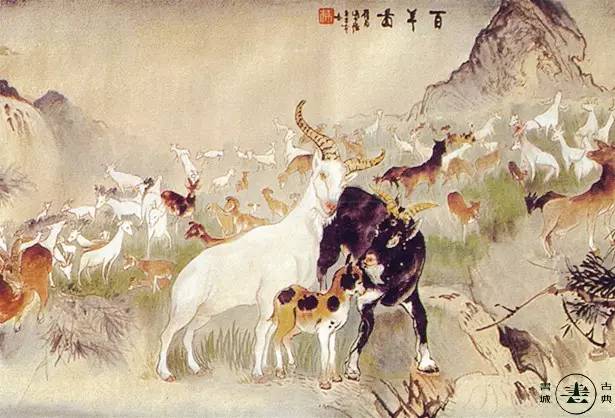
烹羊宰牛且为乐，会须一饮三百杯。